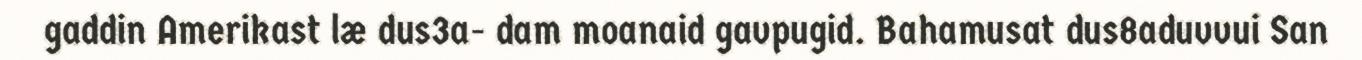
gaddin Amerikast læ dus3a- dam moanaid gavpugid. Bahamusat dus8aduvvui San